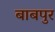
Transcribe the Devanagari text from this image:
बाबपुर